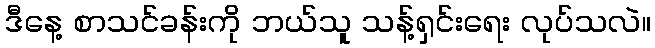
ဒီနေ့ စာသင်ခန်းကို ဘယ်သူ သန့်ရှင်းရေး လုပ်သလဲ။